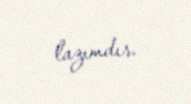
lazımdır.